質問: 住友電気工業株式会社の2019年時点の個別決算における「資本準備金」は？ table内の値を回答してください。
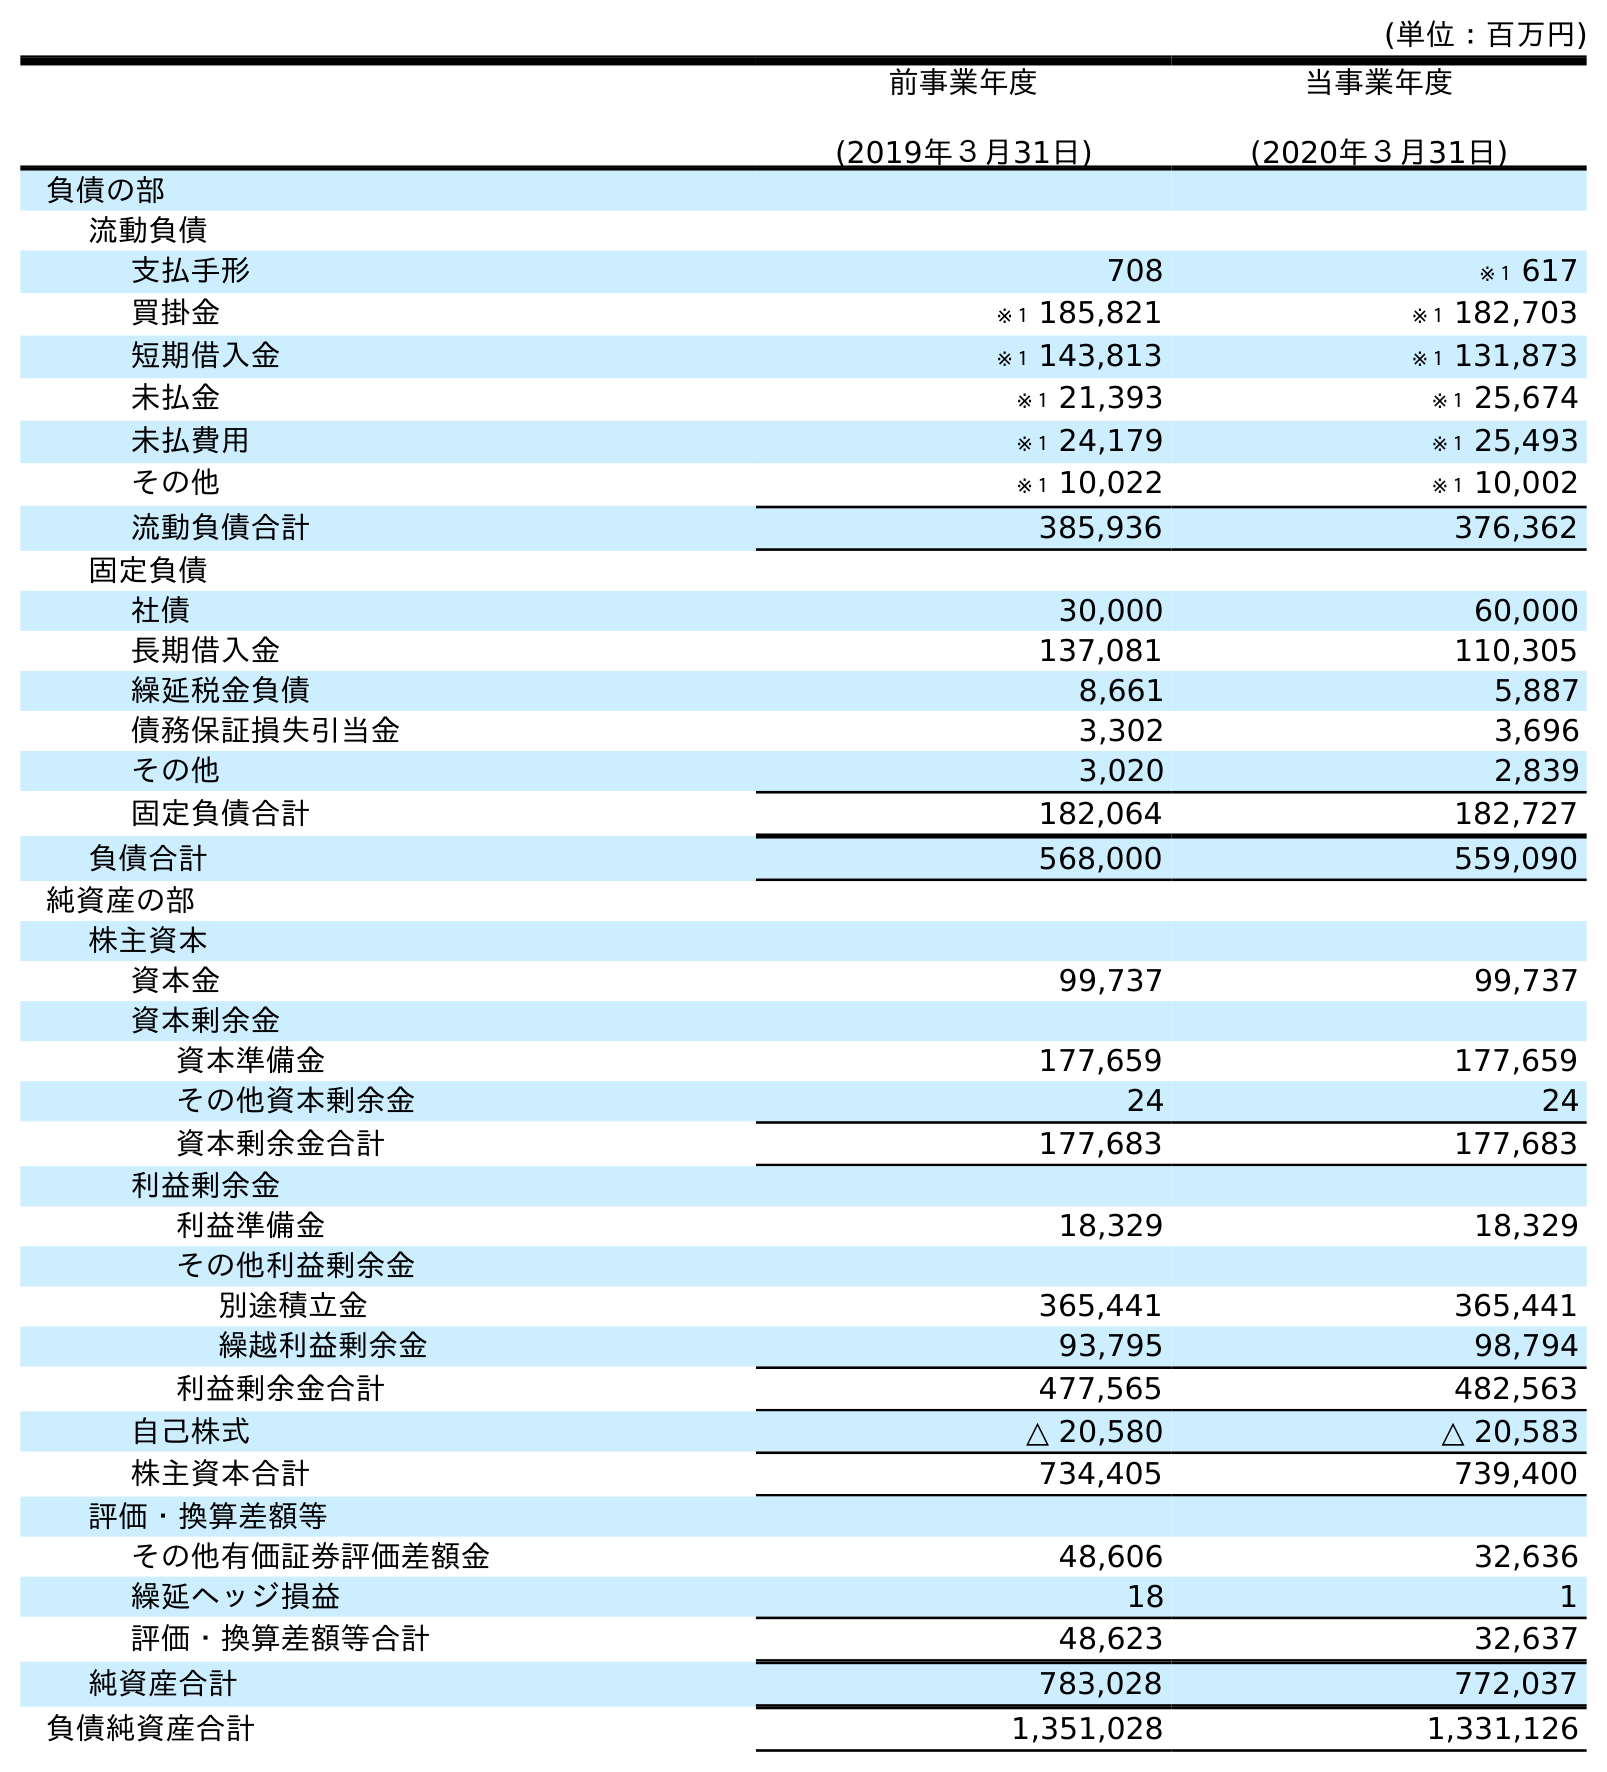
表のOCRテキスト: (単位：百万円) 前事業年度 (2019年３月31日) 当事業年度 (2020年３月31日) 負債の部 流動負債 支払手形 708 ※１ 617 買掛金 ※１ 185,821 ※１ 182,703 短期借入金 ※１ 143,813 ※１ 131,873 未払金 ※１ 21,393 ※１ 25,674 未払費用 ※１ 24,179 ※１ 25,493 その他 ※１ 10,022 ※１ 10,002 流動負債合計 385,936 376,362 固定負債 社債 30,000 60,000 長期借入金 137,081 110,305 繰延税金負債 8,661 5,887 債務保証損失引当金 3,302 3,696 その他 3,020 2,839 固定負債合計 182,064 182,727 負債合計 568,000 559,090 純資産の部 株主資本 資本金 99,737 99,737 資本剰余金 資本準備金 177,659 177,659 その他資本剰余金 24 24 資本剰余金合計 177,683 177,683 利益剰余金 利益準備金 18,329 18,329 その他利益剰余金 別途積立金 365,441 365,441 繰越利益剰余金 93,795 98,794 利益剰余金合計 477,565 482,563 自己株式 △ 20,580 △ 20,583 株主資本合計 734,405 739,400 評価・換算差額等 その他有価証券評価差額金 48,606 32,636 繰延ヘッジ損益 18 1 評価・換算差額等合計 48,623 32,637 純資産合計 783,028 772,037 負債純資産合計 1,351,028 1,331,126
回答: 177,659